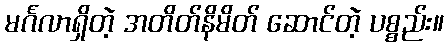
မင်္ဂလာရှိတဲ့ အတိတ်နိမိတ် ဆောင်တဲ့ ပစ္စည်း။